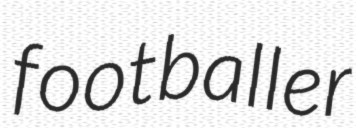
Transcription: footballer